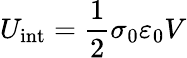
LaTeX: U_{\mathrm{int}}=\frac 12\sigma_{0}\varepsilon_{0}V